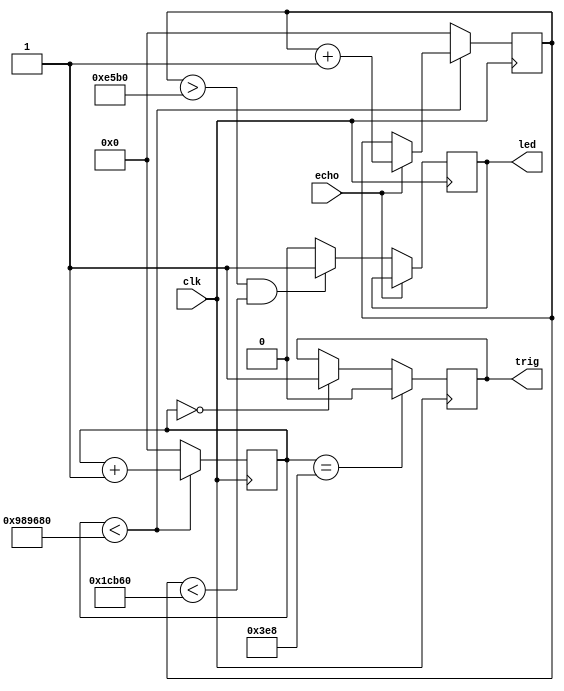
`timescale 1ns / 1ps

/*
Ultrasonic distance calculator
When the object is in Range 10-20 cm, the LED turns on
If the object is outside the range, the LED turns off
*/
module ultra_sonic(clk,echo,trig,led);

//Input Declaration
input clk;
input echo;

//Output Declaration
output reg trig;
output reg led;

//Distance counter and general counter
reg [31:0] dist_counter;
reg [31:0] counter;

always@(posedge clk)
    begin
        if(counter==0)                                                        //Send the trig pulse
        trig<=1;
    
        if(counter==1000)                                                     //Count upto 1000 which evaluates to 10us with 100 mhz clock
        begin
            trig<=0;
        end
            
        if(counter<32'd10000000)                                             //Keep going if counter is not equal to 10000000
        begin
            if(echo==1)
            begin
                dist_counter<=dist_counter+1;  
            end
            counter<=counter+1;
        end
        else																//Time to send another pulse in 100ms
        begin
            counter<=0;
            dist_counter<=0;
        end
        if(echo==0)
        begin
            if(dist_counter>58800 && dist_counter<117600)
                led<=1;
            else
                led<=0;
        end 
    end
endmodule